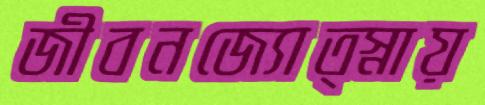
জীবনজ্যোত্স্নায়